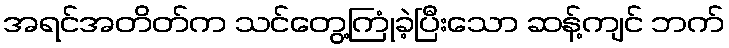
အရင်အတိတ်က သင်တွေ့ကြုံခဲ့ပြီးသော ဆန့်ကျင် ဘက်